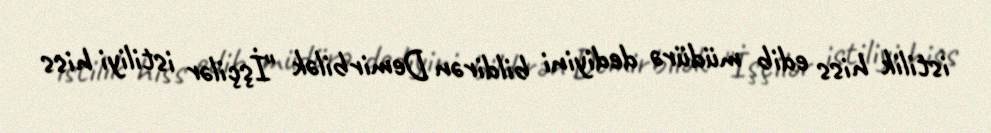
istilik hiss edib müdürə dediyini bildirən Demirbilək "İşçilər istiliyi hiss